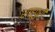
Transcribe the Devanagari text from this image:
शाहूपुरी